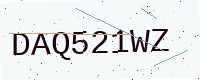
Text: DAQ521WZ